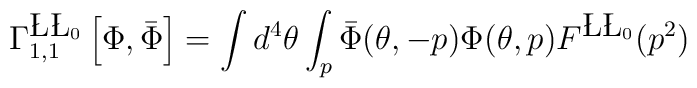
\Gamma^{\L\L_0}_{1,1}\left[\Phi,\bar{\Phi}\right] = \int d^4 \theta \int_p\bar{\Phi}(\theta, -p)\Phi(\theta,p) F^{\L\L_0}(p^2)